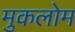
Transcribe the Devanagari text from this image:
मुकलोम